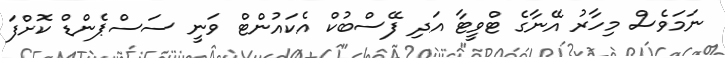
ނަމަވެސް މިހާރު އޭނާގެ ޓްވީޓާ އަދި ފޭސްބުކް އެކައުންޓް ވަނީ ސަސްޕެންޑް ކޮށްފަ